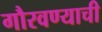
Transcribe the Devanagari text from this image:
गौरवण्याची